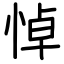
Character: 悼